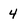
Character: 4